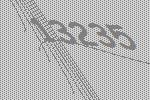
13235